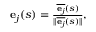
\begin{array} { r } { \mathbf { e } _ { j } ( s ) = { \frac { { \overline { { \mathbf { e } _ { j } } } } ( s ) } { \| { \overline { { \mathbf { e } _ { j } } } } ( s ) \| } } { \mathrm { , ~ } } } \end{array}